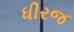
ધીરજ